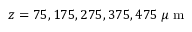
z = 7 5 , 1 7 5 , 2 7 5 , 3 7 5 , 4 7 5 \: \mu \mathrm { ~ m ~ }